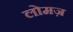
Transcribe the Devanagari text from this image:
लोमज़